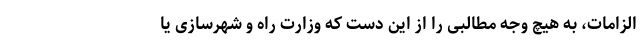
الزامات، به هیچ وجه مطالبی را از این دست که وزارت راه و شهرسازی یا